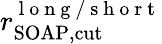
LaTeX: r_{\mathrm{SOAP,cut}}^{\mathrm{~l~o~n~g~/~s~h~o~r~t~}}